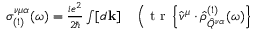
\begin{array} { r l } { \sigma _ { ( 1 ) } ^ { \nu \mu \alpha } ( \omega ) = \frac { i e ^ { 2 } } { 2 \hslash } \int [ d \mathbf { k } ] } & { { } \left( \mathrm { ~ t ~ r ~ } \left\{ \hat { v } ^ { \mu } \cdot \hat { \rho } _ { \hat { Q } ^ { \nu \alpha } } ^ { ( 1 ) } ( \omega ) \right\} \right. } \end{array}